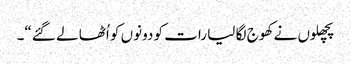
پچھلوں نے کھوج لگا لیا رات کو دونوں کو اُٹھا لے گئے“۔